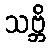
သဗ္ဘိ